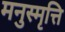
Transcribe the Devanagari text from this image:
मनुस्मृत्ति